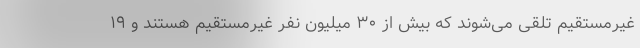
غیرمستقیم تلقی می‌شوند که بیش از ۳۰ میلیون نفر غیرمستقیم هستند و ۱۹